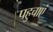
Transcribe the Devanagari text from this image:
पहुचाएं